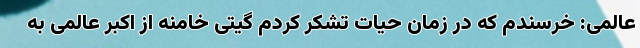
عالمی: خرسندم که در زمان حیات تشکر کردم گیتی خامنه از اکبر عالمی به